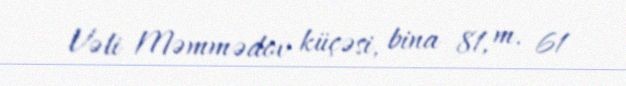
Vəli Məmmədov küçəsi, bina 81, m. 61